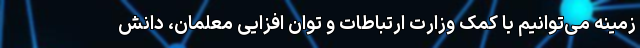
زمینه می‌توانیم با کمک وزارت ارتباطات و توان افزایی معلمان، دانش